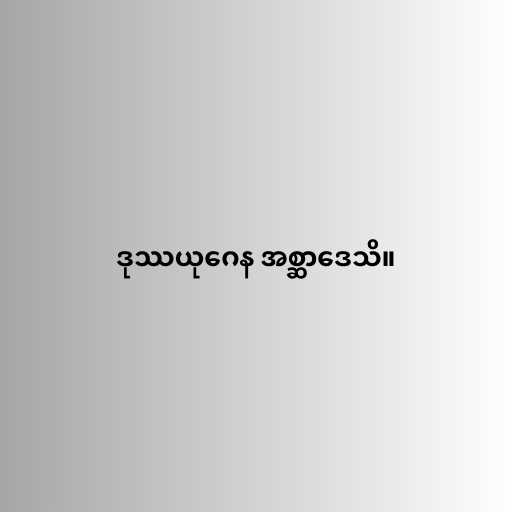
ဒုဿယုဂေန အစ္ဆာဒေသိ။